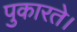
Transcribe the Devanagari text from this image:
पुकारते।